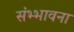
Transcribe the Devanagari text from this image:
संभ्भावना